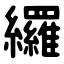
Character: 纙